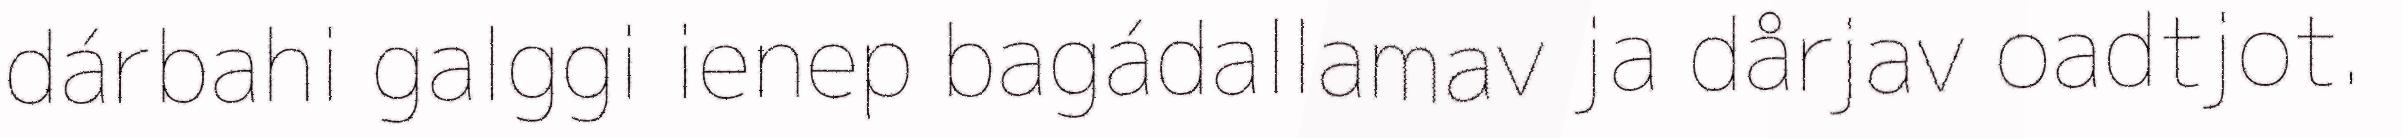
dárbahi galggi ienep bagádallamav ja dårjav oadtjot.